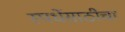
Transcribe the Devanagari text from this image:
स्पर्धेसाठीचा